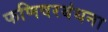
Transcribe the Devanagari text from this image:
फणिवरबंधना